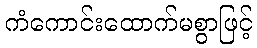
ကံကောင်းထောက်မစွာဖြင့်